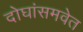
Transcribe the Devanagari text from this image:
दोघांसमवेत